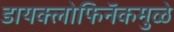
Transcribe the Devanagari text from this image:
डायक्लोफिनॅकमुळे